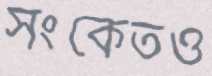
সংকেতও